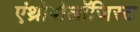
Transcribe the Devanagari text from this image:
एंथ्रोपोलॉजिस्ट